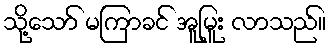
သို့သော် မကြာခင် အူမြူး လာသည်။